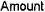
AMOUNT